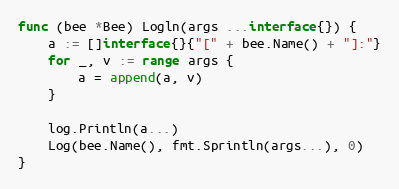
Language: Go
func (bee *Bee) Logln(args ...interface{}) {
	a := []interface{}{"[" + bee.Name() + "]:"}
	for _, v := range args {
		a = append(a, v)
	}

	log.Println(a...)
	Log(bee.Name(), fmt.Sprintln(args...), 0)
}